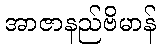
အာဇာနည်ဗိမာန်